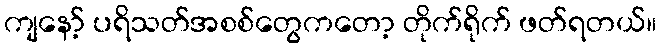
ကျနော့် ပရိသတ်အစစ်တွေကတော့ တိုက်ရိုက် ဖတ်ရတယ်။